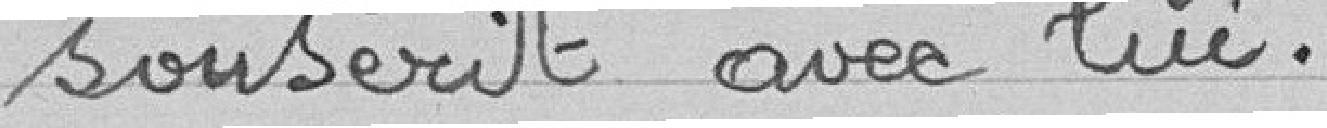
souscrit avec lui.